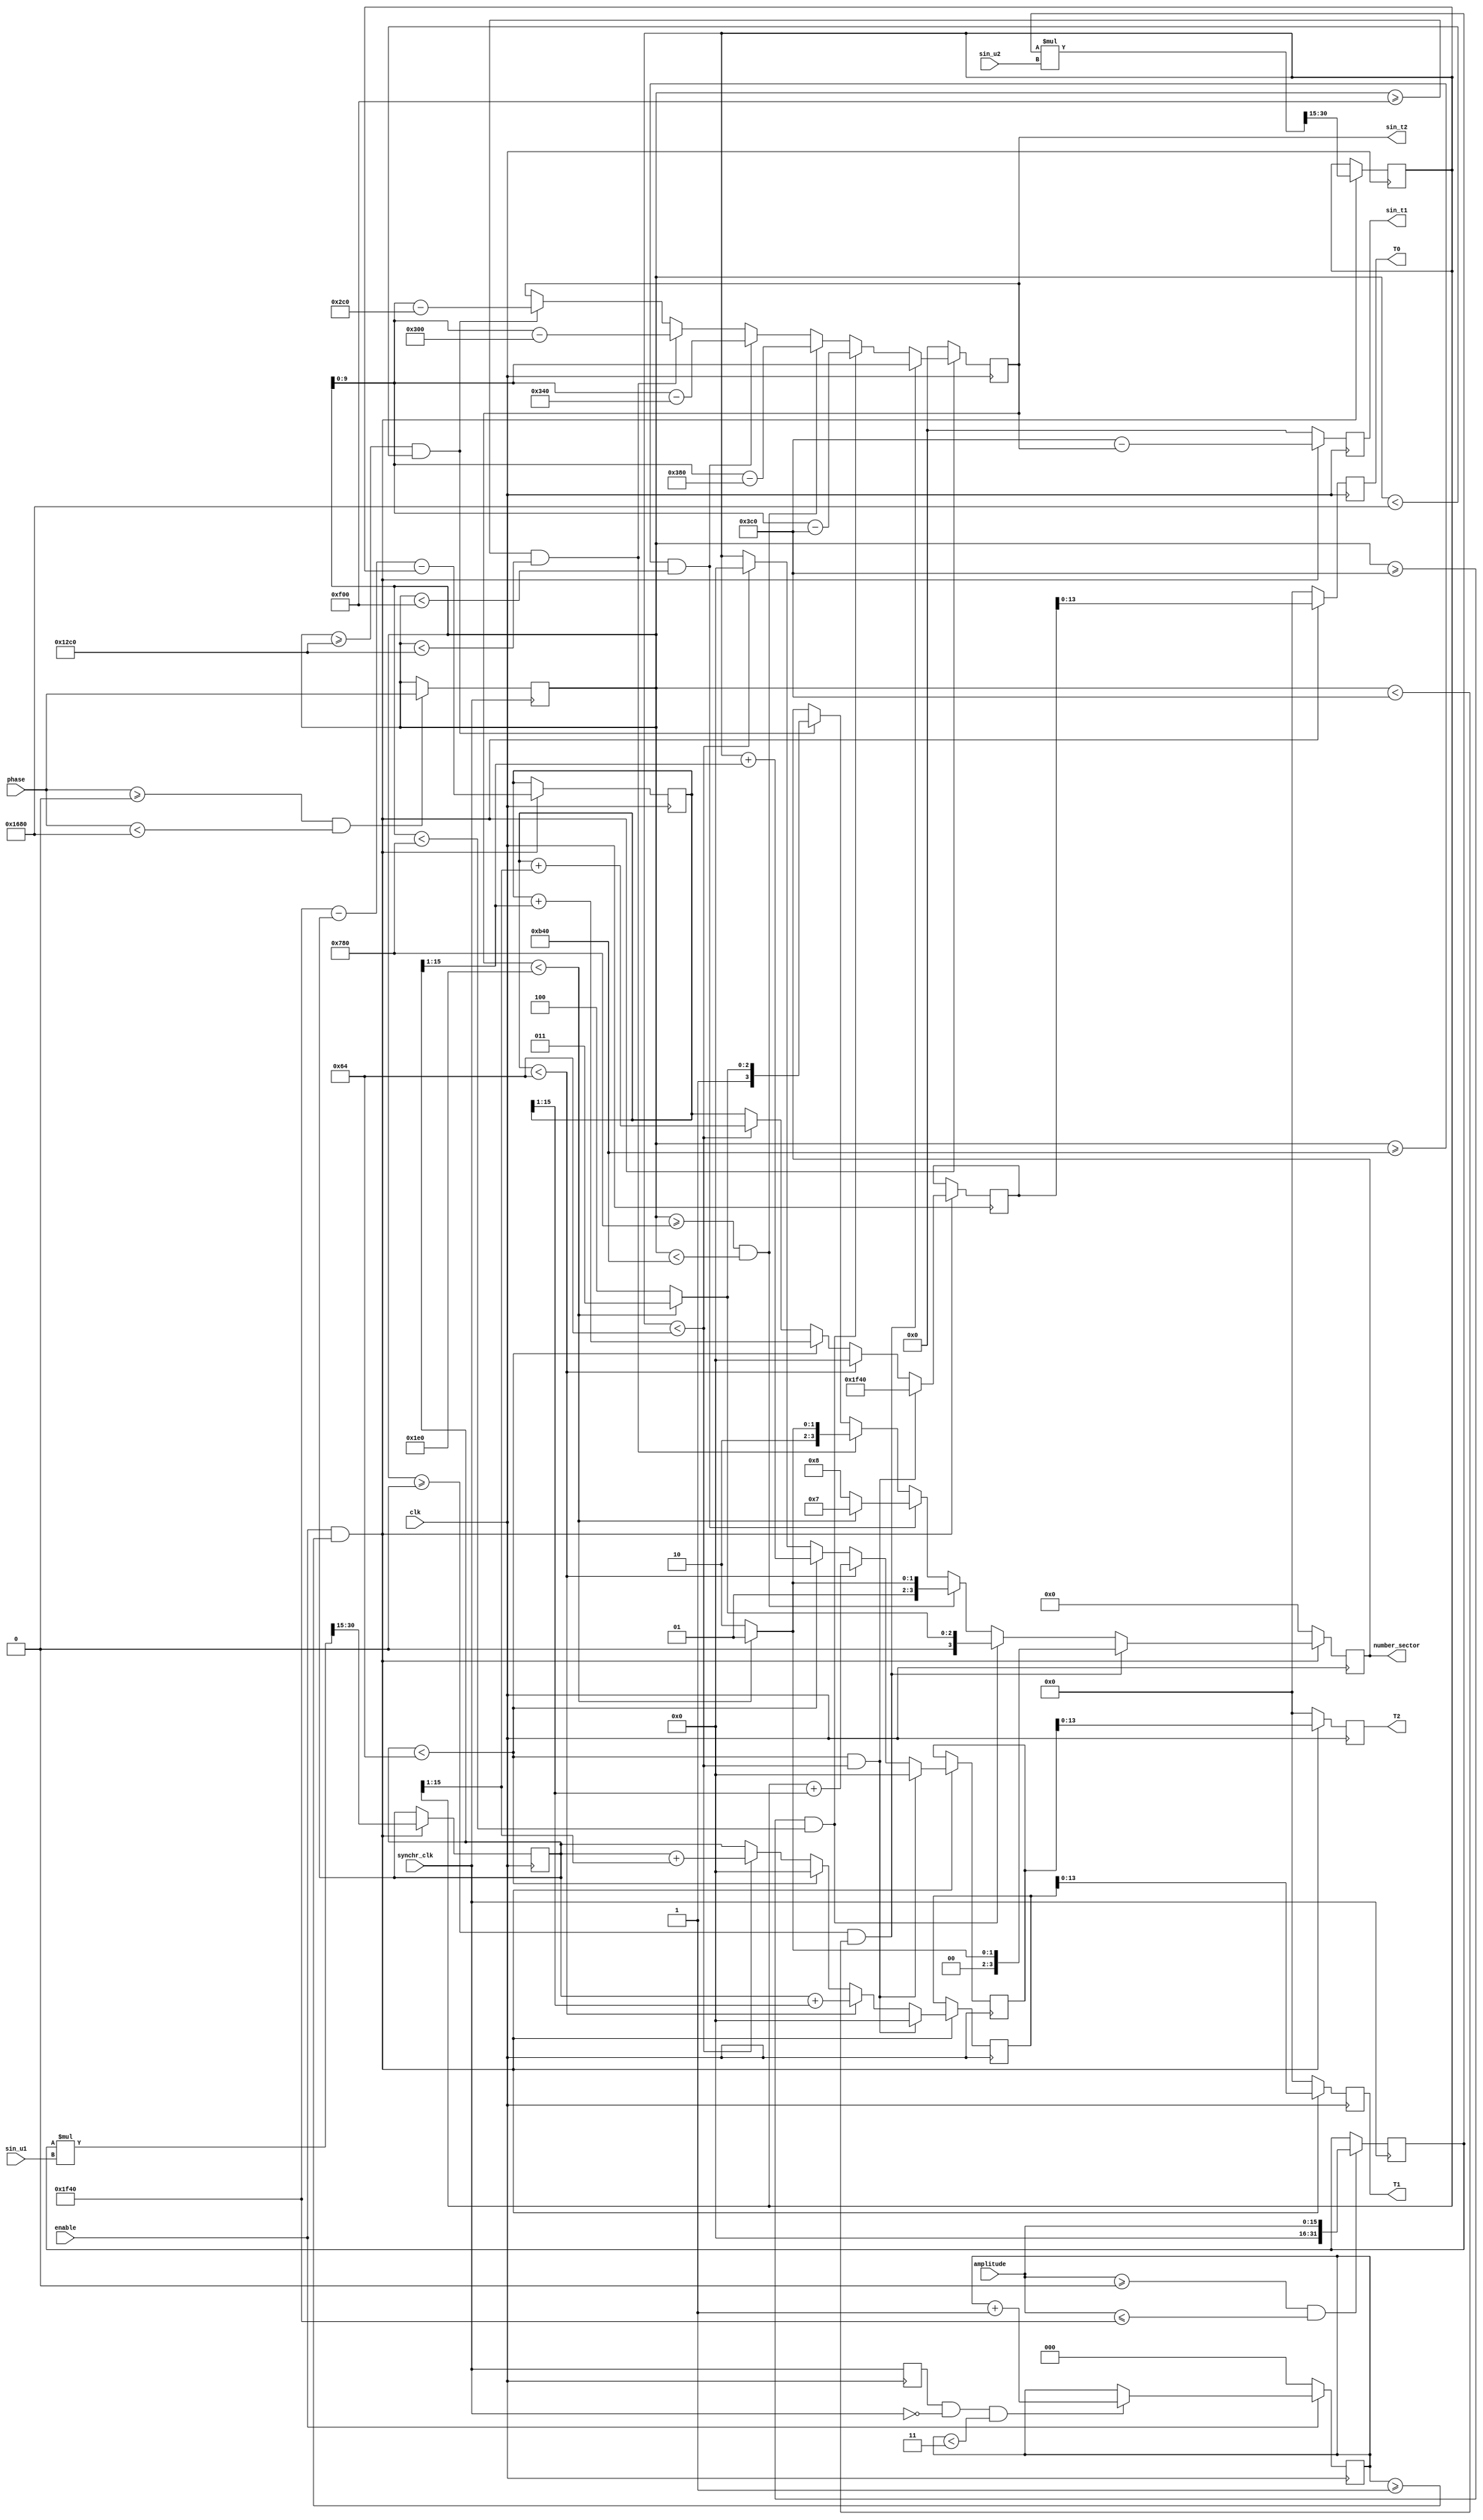
/* amplitude us from 0 to 8000 --> 0 to 1*/
/* phase from 0 to 5760 --> 0 to 360 deg  (*16) */
/* synchr_clk - clk from pwm_triangle */

module define_vectors_time ( input clk, 
					   input synchr_clk,
					   input enable, 
					   input [15:0] amplitude, 
					   input [15:0] phase,
					   input [15:0] sin_u1,
					   input [15:0] sin_u2, 
						output reg [9:0] sin_t1,
						output reg [9:0] sin_t2,
						output reg [3:0] number_sector,
						output reg [13:0] T1,
						output reg [13:0] T2,
						output reg [13:0] T0);
						 
reg [31:0] vector_amplitude;
reg [15:0] t1_base;
reg [15:0] t2_base;		
reg [15:0] t0_base;	
reg [15:0] t1;
reg [15:0] t2;		
reg [15:0] t0;						 
reg [15:0] phase_buff;
reg [2:0] duty_count;
reg old_synchr; 
						 
initial begin
	sin_t1 = 0;
	sin_t2 = 0;
	vector_amplitude = 0;
	number_sector = 0;
	phase_buff = 0;
	T1 = 0;
	T2 = 0;
	T0 = 0;
	t1_base = 0;
	t2_base = 0;
	t0_base = 0;
	t1 = 0;
	t2 = 0;
	t0 = 0;
	duty_count = 0;
	old_synchr = 0;
end

always @(posedge synchr_clk) begin
	if(amplitude >= 0 && amplitude <= 8000)
		vector_amplitude <= amplitude;
	else begin end
	if(phase >=0 && phase < 5760)
		phase_buff <= phase;
	else begin end	
end

always @(posedge clk) begin

if(old_synchr == 1 && synchr_clk == 0 && duty_count < 3)
	duty_count <= duty_count + 1;
else begin end

old_synchr <= synchr_clk;

if(enable == 0)
	duty_count <= 0;
else begin end
	
if(enable && duty_count >= 1) begin
	if(phase_buff >= 0 && phase_buff < 960) begin 	/* 60 deg * 16 = 960 */
		sin_t2 <= phase_buff;
		if(sin_t2 < 480) number_sector <= 1; else number_sector <= 2 ;
	end
	else if(phase_buff >= 960 && phase_buff < 1920) begin
			sin_t2 <= phase_buff - 960;
			if(sin_t2 < 480) number_sector <=3; else number_sector <= 4 ;
		 end
		 else if(phase_buff >= 1920 && phase_buff < 2880) begin
				sin_t2 <= phase_buff - 1920;
				if(sin_t2 < 480) number_sector <= 5; else number_sector <= 6 ;
			  end
			  else if(phase_buff >= 2880 && phase_buff < 3840) begin
					sin_t2 <= phase_buff - 2880;
					if(sin_t2 < 480) number_sector <= 7; else number_sector <= 8 ;
				   end
				   else if(phase_buff >= 3840 && phase_buff < 4800) begin
							sin_t2 <= phase_buff - 3840;
							if(sin_t2 < 480) number_sector <= 9; else number_sector <= 10 ;
					    end
					    else if(phase_buff >= 4800 && phase_buff < 5760) begin
								sin_t2 <= phase_buff - 4800;
								if(sin_t2 < 480) number_sector <= 11; else number_sector <= 12 ;
							 end
	sin_t1 <= 960 - sin_t2;
	
	t1_base <= (vector_amplitude * sin_u1) >> 15;
	t2_base <= (vector_amplitude * sin_u2) >> 15;
	t0_base <= 8000 - t1_base - t2_base;	
	

	if(t1_base < 100 && t2_base < 100) begin
		t1 <= 0;
		t2 <= 0;
		t0 <= 8000;
	end
	else if(t0_base < 100) begin
		t1 <= t1_base + (t0_base >> 1);
		t2 <= t2_base + (t0_base >> 1);
		t0 <= 0;
	end
	else if(t1_base < 100) begin
			t2 <= t2_base + (t1_base >> 1);
			t0 <= t0_base + (t1_base >> 1);
			t1 <= 0;
	end
	else if(t2_base < 100) begin
			t1 <= t1_base + (t2_base >> 1);
			t0 <= t0_base + (t2_base >> 1);
			t2 <= 0;
	end
	else begin
		t1 <= t1_base;
		t2 <= t2_base;
		t0 <= t0_base;
	end
	T0 <= t0;
	T1 <= t1;
	T2 <= t2;

end
else begin
	T1 <= 0;
	T2 <= 0;
	T0 <= 0;
	number_sector <= 0;
	sin_t1 <= 0;
	sin_t2 <= 0;
end

end
endmodule